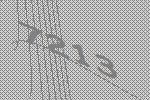
7213